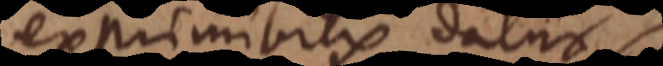
exprimibilis datur,